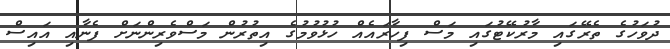
ދުވަހުގެ ތެރޭގައި މާރުކޭޓުގައި މަސް ފިހާރައެއް ހުޅުވުމުގެ އިތުރުން މަސްވެރިންނަށް ފެނާއި އައިސް